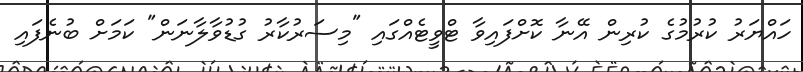
ހައްޔަރު ކުރުމުގެ ކުރިން އޭނާ ކޮށްފައިވާ ޓްވީޓެއްގައި "މިސަރުކާރު ގުޑުވާލާނަން" ކަމަށް ބުނެފައި